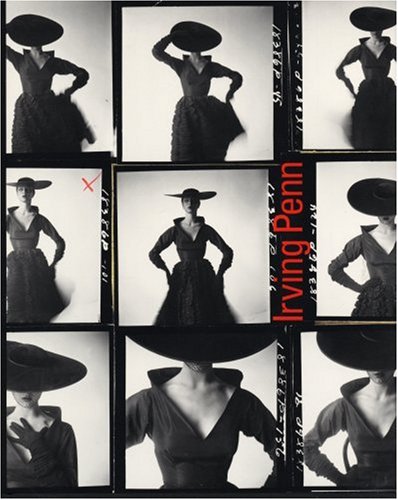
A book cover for Irving Penn: A Career in Photography; Colin Westerbeck; Arts & Photography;